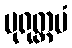
ပုရုတ္တမံ